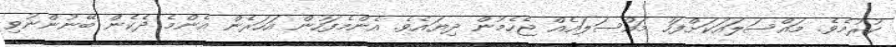
ކުރުމެވެ. މައްސަލައަކަށްފަހު މައްސަލައެއް ޖެހެމުން ދިޔައެވެ. އެންމެފަހުން އަހަރެން އެންމެ ދެކެން ބޭނުންނުވި